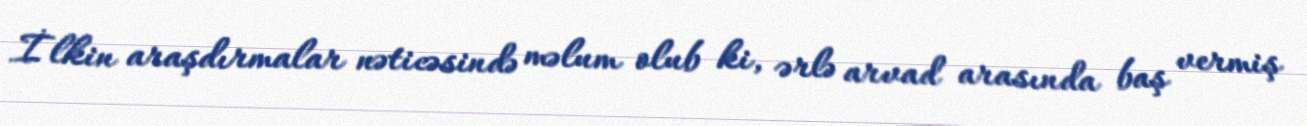
İlkin araşdırmalar nəticəsində məlum olub ki, ərlə arvad arasında baş vermiş